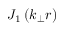
J _ { 1 } \left( k _ { \perp } r \right)